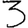
Digit: 3